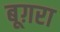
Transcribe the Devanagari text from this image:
बूग़रा